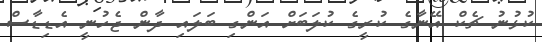
ކުޅުނު ޗެކް އޭނާގެ ކުރީގެ ކުލަބަށް އަންގި ބަލައި ދާން ޖެހުނީ އެޑިޑާސް